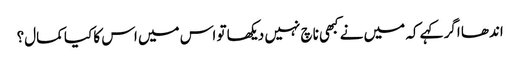
اندھا اگر کہے کہ میں نے کبھی ناچ نہیں دیکھا تو اس میں اس کا کیا کمال؟